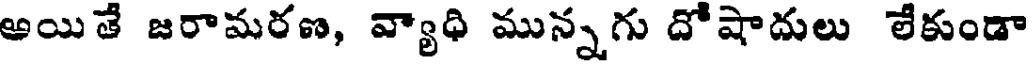
అయితే జరామరణ, వ్యాధి మున్నగు దోషాదులు లేకుండా